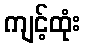
ကျင့်ထုံး